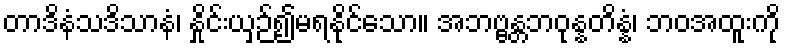
တာဒိနံသဒိသာနံ၊ နှိုင်းယှဉ်၍မရနိုင်သော။ အဘဗ္ဗန္တဘဝုန္နတိန္နံ၊ ဘဝအထူးကို